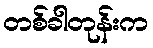
တစ်ခါတုန်းက